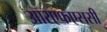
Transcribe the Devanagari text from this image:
आरएफएससी